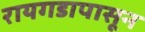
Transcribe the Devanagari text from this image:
रायगडापासून